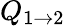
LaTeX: Q_{1\rightarrow 2}